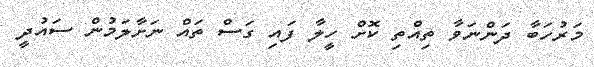
މަރުހަބާ ދަންނަވާ ތިއްތި ކޮށް ހީލާ ފައި ގަސް ތައް ނަށާލަމުން ސައުދީ